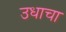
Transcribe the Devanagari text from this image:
उधाचा